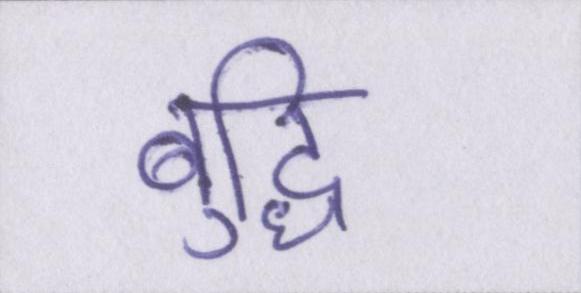
बुद्धि